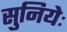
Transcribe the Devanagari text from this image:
सुनियेः